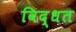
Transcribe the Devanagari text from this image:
विद्धत